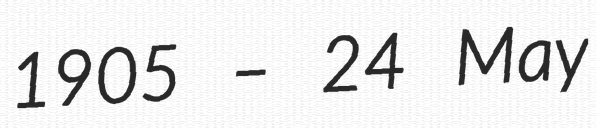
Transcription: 1905 – 24 May